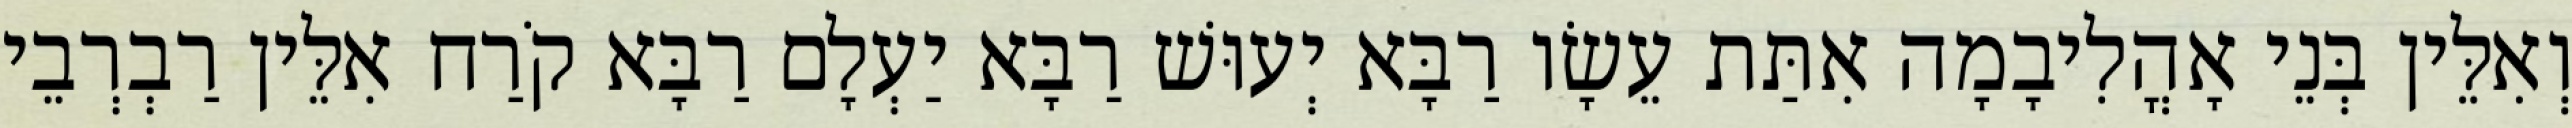
וְאִלֵּין בְּנֵי אָהֳלִיבָמָה אִתַּת עֵשָׂו רַבָּא יְעוּשׁ רַבָּא יַעְלָם רַבָּא קֹרַח אִלֵּין רַבְרְבֵי